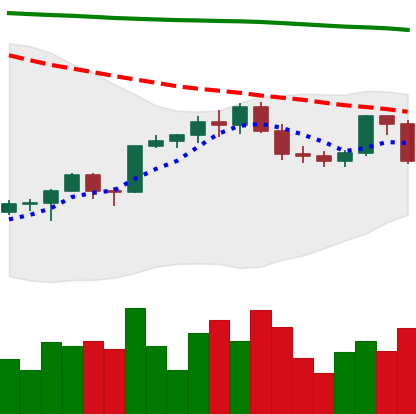
Ticker: ETH-USD
Chart end date: 2022-02-17
Forward return: -8.405%
Label: down_7plus